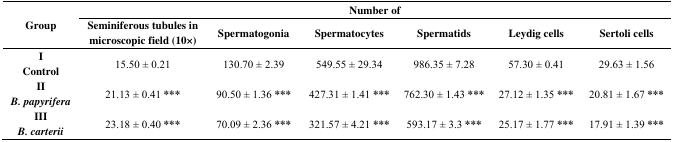
| <ROWSPAN=2> Group | <COLSPAN=6> Number of |
 | Seminiferous tubules in microscopic field (10×) | Spermatogonia | Spermatocytes | Spermatids | Leydig cells | Sertoli cells |
 | --- | --- | --- | --- | --- | --- | --- |
 | I | <ROWSPAN=2> 15.50 ± 0.21 | <ROWSPAN=2> 130.70 ± 2.39 | <ROWSPAN=2> 549.55 ± 29.34 | <ROWSPAN=2> 986.35 ± 7.28 | <ROWSPAN=2> 57.30 ± 0.41 | <ROWSPAN=2> 29.63 ± 1.56 |
 | Control |
 | II | <ROWSPAN=2> 21.13 ± 0.41 *** | <ROWSPAN=2> 90.50 ± 1.36 *** | <ROWSPAN=2> 427.31 ± 1.41 *** | <ROWSPAN=2> 762.30 ± 1.43 *** | <ROWSPAN=2> 27.12 ± 1.35 *** | <ROWSPAN=2> 20.81 ± 1.67 *** |
 | B. papyrifera |
 | III | <ROWSPAN=2> 23.18 ± 0.40 *** | <ROWSPAN=2> 70.09 ± 2.36 *** | <ROWSPAN=2> 321.57 ± 4.21 *** | <ROWSPAN=2> 593.17 ± 3.3 *** | <ROWSPAN=2> 25.17 ± 1.77 *** | <ROWSPAN=2> 17.91 ± 1.39 *** |
 | B. carterii |